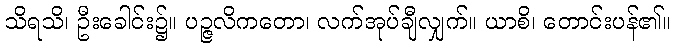
သိရသိ၊ ဦးခေါင်း၌။ ပဉ္ဇလိကတော၊ လက်အုပ်ချီလျှက်။ ယာစိ၊ တောင်းပန်၏။